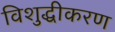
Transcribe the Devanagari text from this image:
विशुद्धीकरण